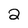
Character: 2